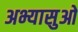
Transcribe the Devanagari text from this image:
अभ्यासुओ